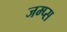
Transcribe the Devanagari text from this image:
जम्प्स